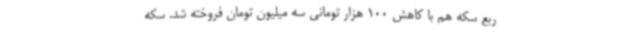
ربع سکه هم با کاهش 100 هزار تومانی سه میلیون تومان فروخته شد. سکه